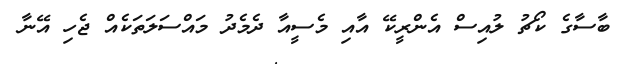
ބާސާގެ ކޯޗު ލުއިސް އެންރީކޭ އާއި މެސީއާ ދެމެދު މައްސަލަތަކެއް ޖެހި އޭނާ